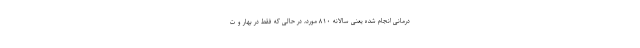
درمانی انجام شده یعنی سالانه ۸۱۰ مورد، در حالی که فقط در بهار و ت